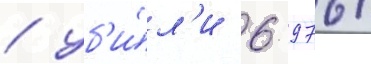
/ уб'и́л'и 6 976